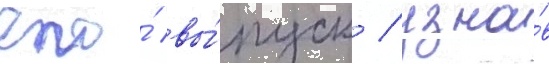
его́ вы́пуск / узна́в